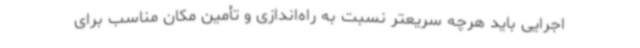
اجرایی باید هرچه سریعتر نسبت به راه‌اندازی و تأمین مکان مناسب برای